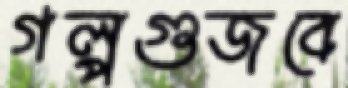
গল্পগুজবে